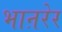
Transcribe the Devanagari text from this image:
भाऩरेर